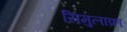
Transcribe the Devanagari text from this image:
सिमुलाक्रा